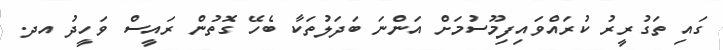
ގައި ތަގުރީރު ކުރައްވައިފިމޫސުމަށް އަންނަ ބަދަލުތަކާ ބެހޭ ގޮތުން ރައީސް ވަހީދު އދ.